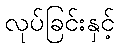
လုပ်ခြင်းနှင့်